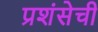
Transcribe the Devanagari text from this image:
प्रशंसेची